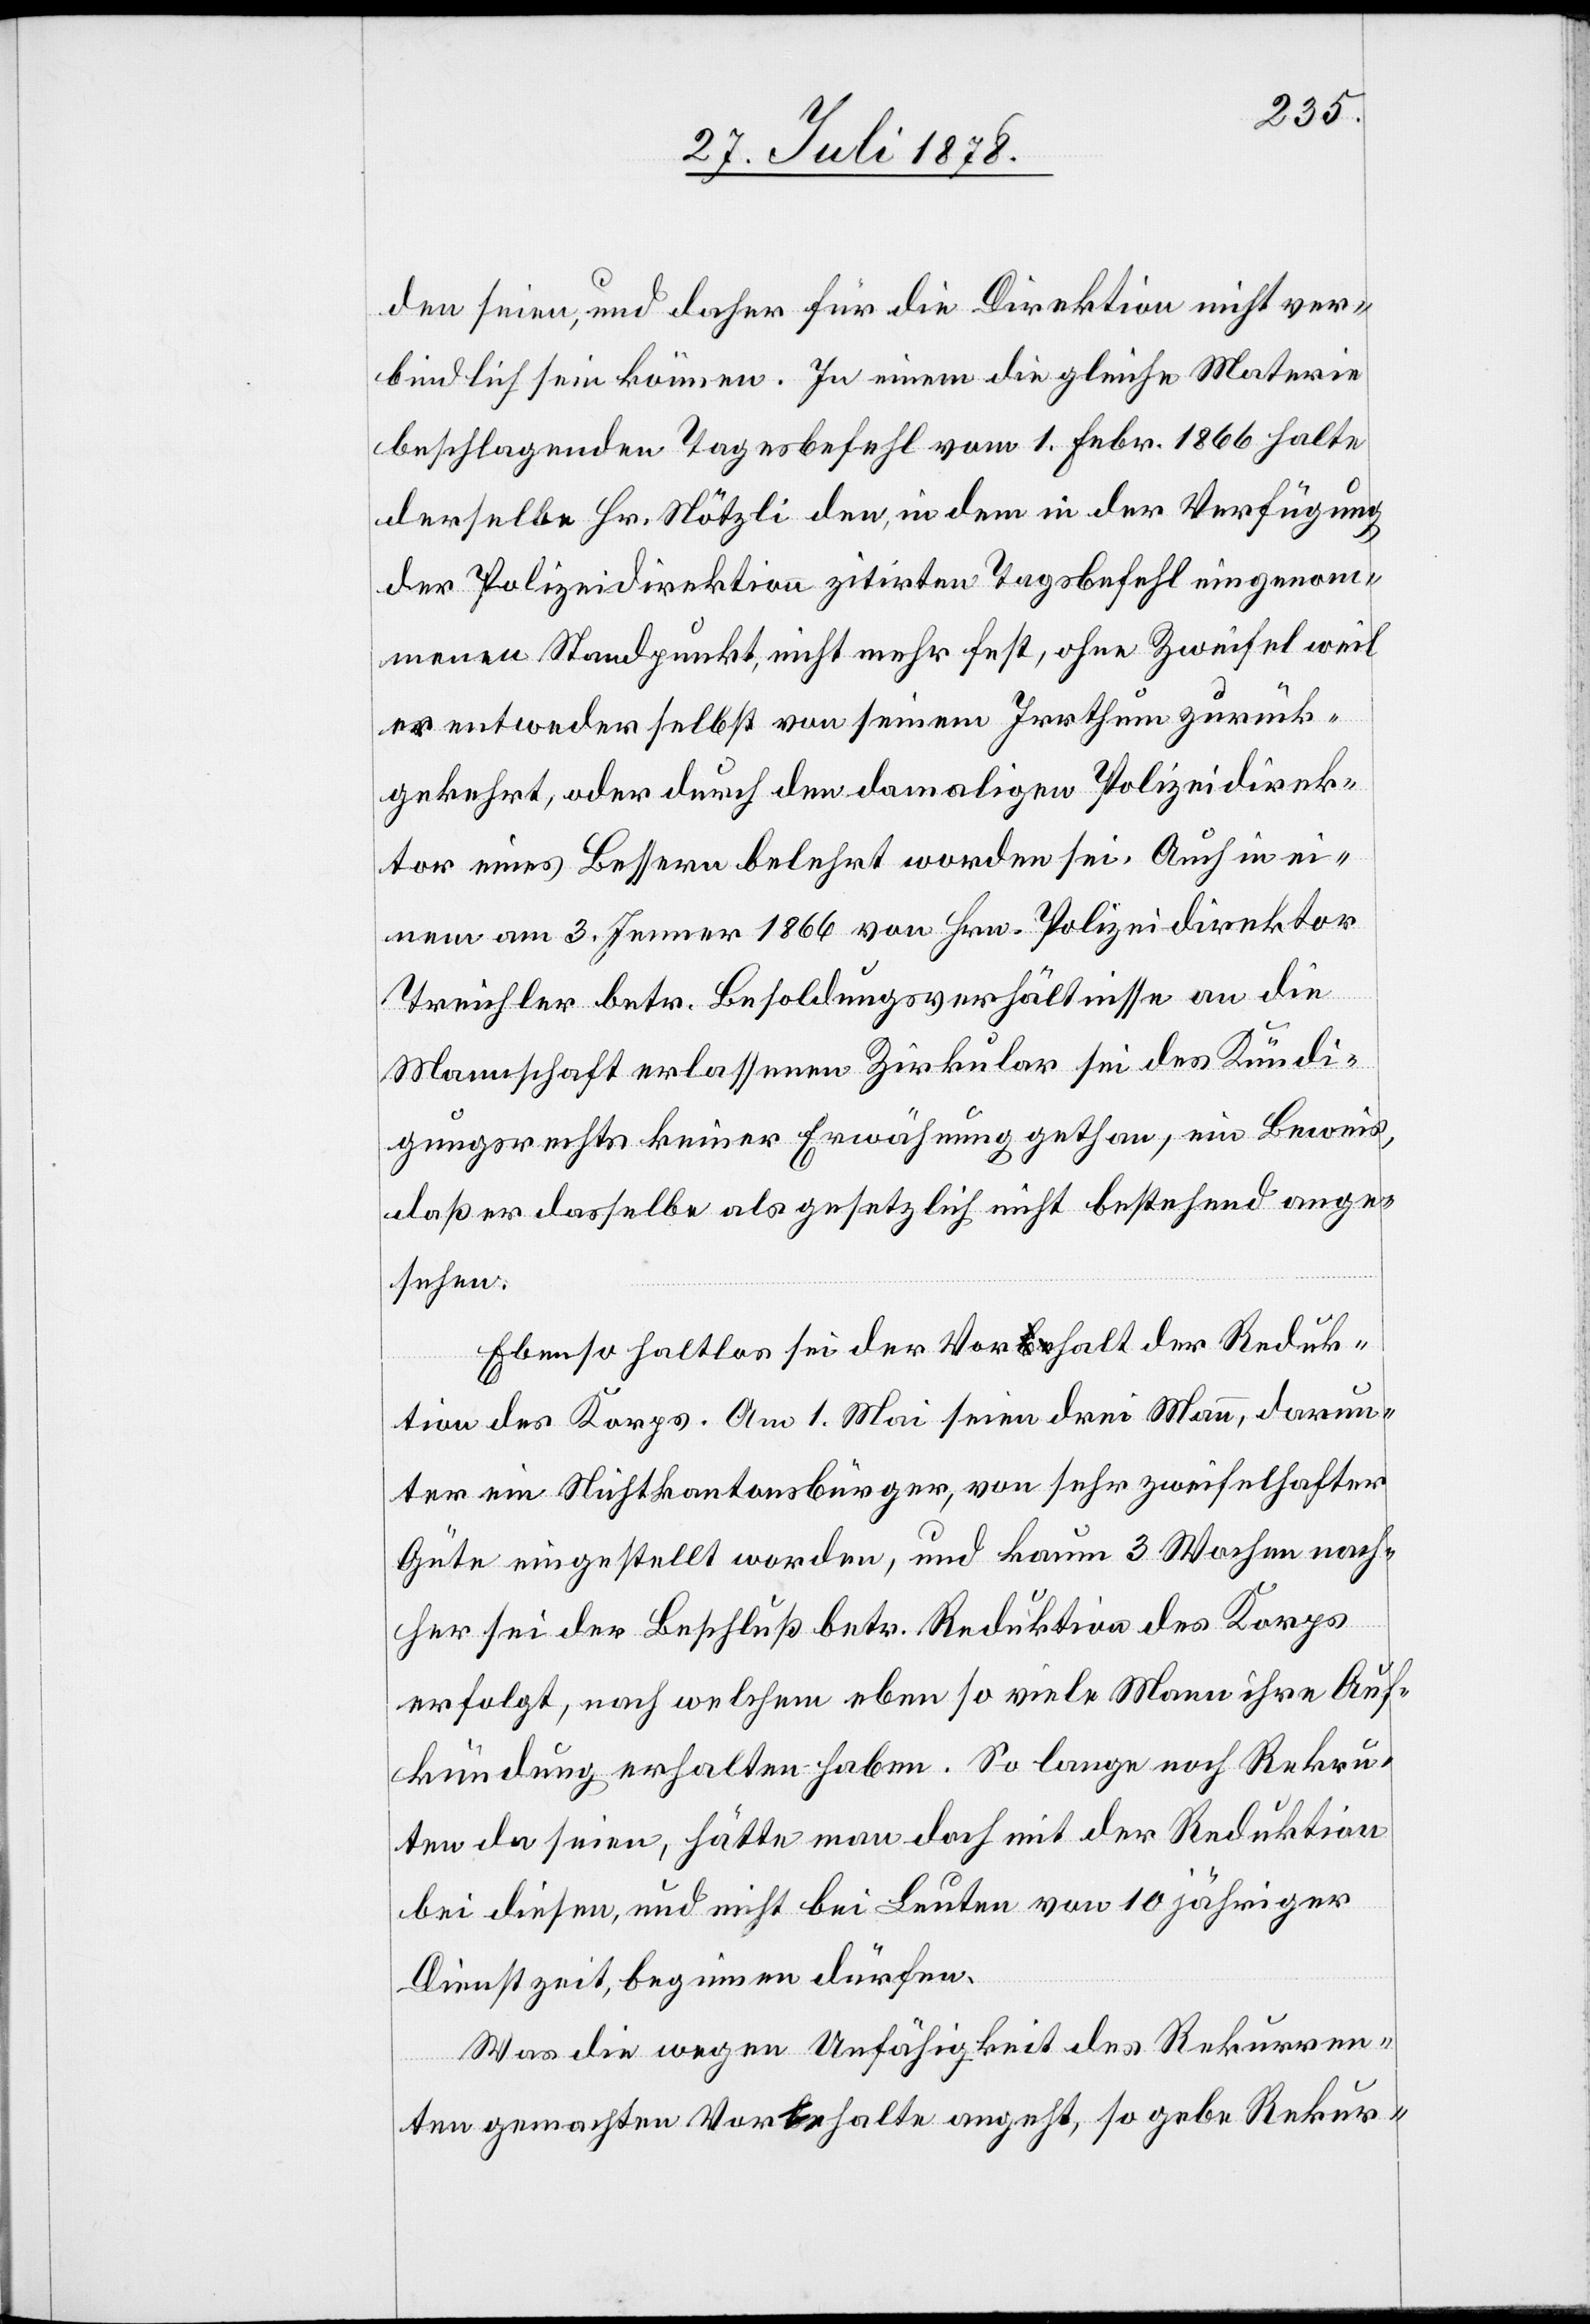
den seien, und daher für die Direktion nicht ver¬
bindlich sein können. In einem die gleiche Materie
beschlagenden Tagesbefehl vom 1. Febr. 1866 halte
derselbe Hr. Nötzli den, in dem in der Verfügung
der Polizeidirektion zitirten Tagesbefehl eingenom¬
menen Standpunkt, nicht mehr fest, ohne Zweifel weil
er entweder selbst von seinem Irrthum zurück¬
gekehrt, oder durch den damaligen Polizeidirek¬
tor eines Bessern belehrt worden sei. Auch in ei¬
nem am 3. Jenner 1866 von Hrn. Polizeidirektor
Treichler betr. Besoldungsverhältnisse an die
Mannschaft erlassenen Zirkular sei des Kündi¬
gungsrechts keiner Erwähnung gethan, ein Beweis,
daß er dasselbe als gesetzlich nicht bestehend ange¬
sehen:
Ebenso haltlos sei der Vora-be-ahalt der Reduk¬
tion des Korps. Am 1. Mai seien drei Mann, darun¬
ter ein Nichtkantonsbürger, von sehr zweifelhafter
Güte eingestellt worden, und kaum 3 Wochen nach¬
her sei der Beschluß betr. Reduktion des Korps
erfolgt, nach welchem eben so viele Mann ihre Auf¬
kündung erhalten haben. So lange noch Rekru¬
ten da seien, hätte man doch mit der Reduktion
bei diesem, und nicht bei Leuten von 10 jähriger
Dienstzeit, beginnen dürfen.
Was die wegen Unfähigkeit des Rekurren¬
ten gemachten Vora-be-ahalte angeht, so gebe Rekur-